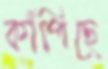
কাঁপিছে